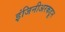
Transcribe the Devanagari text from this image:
इंजिनीअरकडून